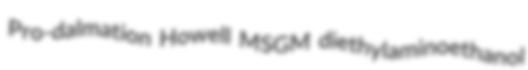
Pro-dalmation Howell MSGM diethylaminoethanol